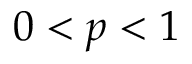
0 < p < 1